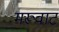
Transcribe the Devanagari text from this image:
मरूवाट